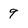
Character: 9